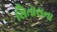
સિતારાના